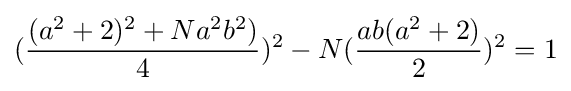
({\frac {(a^{2}+2)^{2}+Na^{2}b^{2})}{4}})^{2}-N({\frac {ab(a^{2}+2)}{2}})^{2}=1